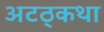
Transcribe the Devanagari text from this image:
अटठ्कथा